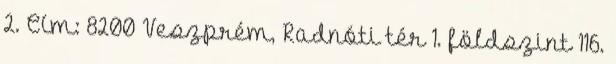
2. Cím: 8200 Veszprém, Radnóti tér 1. földszint 116.